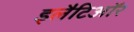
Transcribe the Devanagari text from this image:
इलैटिऑर